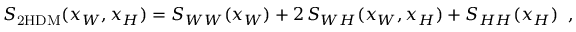
S _ { \mathrm { 2 H D M } } ( x _ { W } , x _ { H } ) = S _ { W W } ( x _ { W } ) + 2 \, S _ { W H } ( x _ { W } , x _ { H } ) + S _ { H H } ( x _ { H } ) \; \; ,